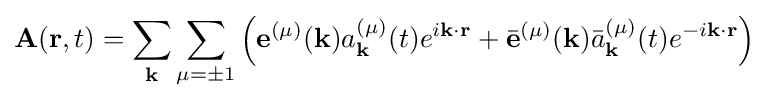
\mathbf {A} (\mathbf {r} ,t)=\sum _{\mathbf {k} }\sum _{\mu =\pm 1}\left(\mathbf {e} ^{(\mu )}(\mathbf {k} )a_{\mathbf {k} }^{(\mu )}(t)e^{i\mathbf {k} \cdot \mathbf {r} }+{\bar {\mathbf {e} }}^{(\mu )}(\mathbf {k} ){\bar {a}}_{\mathbf {k} }^{(\mu )}(t)e^{-i\mathbf {k} \cdot \mathbf {r} }\right)